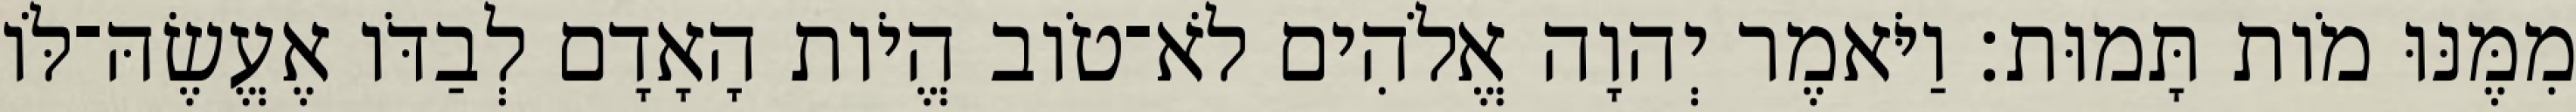
מִמֶּנּוּ מֹות תָּמוּת׃ וַיֹּאמֶר יְהוָה אֱלֹהִים לֹא־טֹוב הֱיֹות הָאָדָם לְבַדֹּו אֶעֱשֶׂהּ־לֹּו